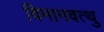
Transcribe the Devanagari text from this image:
विमानवत्थु